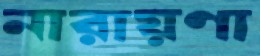
নারায়ণা